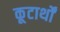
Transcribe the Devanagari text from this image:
कूटार्थों